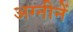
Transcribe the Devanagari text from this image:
अग्नीनें